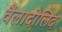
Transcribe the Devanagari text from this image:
वैलादोलिद